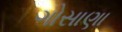
ગોસાણા